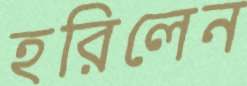
হরিলেন